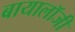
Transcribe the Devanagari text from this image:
बायालॉजी